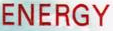
ENERGY